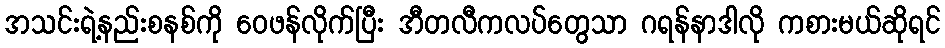
အသင်းရဲ့နည်းစနစ်ကို ဝေဖန်လိုက်ပြီး အီတလီကလပ်တွေသာ ဂရန်နာဒါလို ကစားမယ်ဆိုရင်